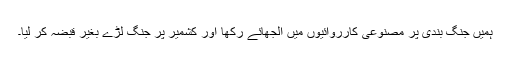
ہمیں جنگ بندی پر مصنوعی کارروائیوں میں الجھائے رکھا اور کشمیر پر جنگ لڑے بغیر قبضہ کر لیا۔